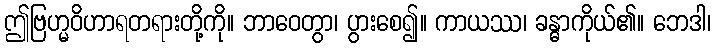
ဤဗြဟ္မဝိဟာရတရားတို့ကို။ ဘာဝေတွာ၊ ပွားစေ၍။ ကာယဿ၊ ခန္ဓာကိုယ်၏။ ဘေဒါ၊